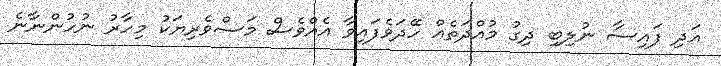
އަދި ފައިސާ ނުލިބި ދިގު މުއްދަތެއް ހޭދަވެފައިވާ އެއްވެސް މަސްވެރިޔަކު މިހާރު ނުހުންނާނެ